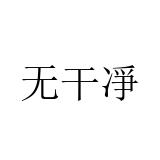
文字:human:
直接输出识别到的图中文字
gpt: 无干凈